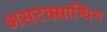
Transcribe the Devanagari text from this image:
असटक्सान्थिन